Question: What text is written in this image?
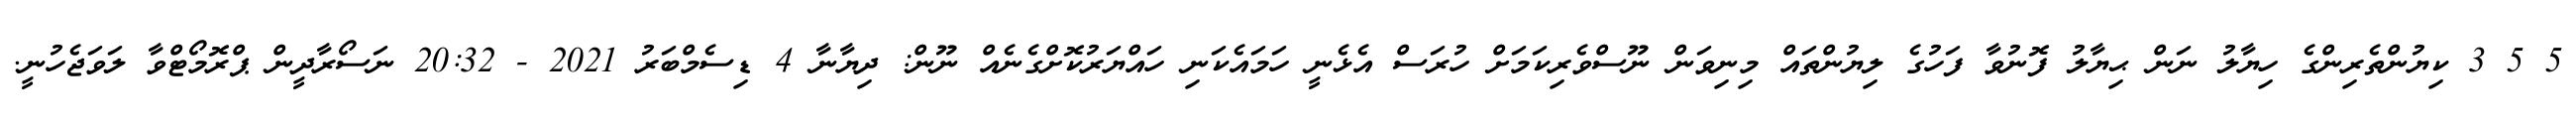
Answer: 5 5 3 ކިޔުންތެރިންގެ ހިޔާލު ނަން ޙިޔާލު ފޮނުވާ ފަހުގެ ލިޔުންތައް މިނިވަން ނޫސްވެރިކަމަށް ހުރަސް އެޅެނީ ހަމައެކަނި ހައްޔަރުކޮށްގެނެއް ނޫން: ދިޔާނާ 4 ޑިސެމްބަރު 2021 - 20:32 ނަސޯރާދީން ޕްރޮމޯޓްވާ ލަވަޖެހުނީ.